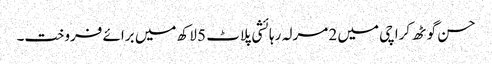
حسن گوٹھ کراچی میں 2 مرلہ رہائشی پلاٹ 5 لاکھ میں برائے فروخت۔